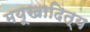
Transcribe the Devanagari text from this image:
मयूखादित्य